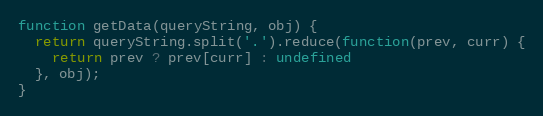
Language: JavaScript
function getData(queryString, obj) {
  return queryString.split('.').reduce(function(prev, curr) {
    return prev ? prev[curr] : undefined
  }, obj);
}